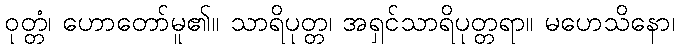
ဝုတ္တံ၊ ဟောတော်မူ၏။ သာရိပုတ္တ၊ အရှင်သာရိပုတ္တရာ။ မဟေသိနော၊